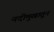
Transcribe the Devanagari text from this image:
नदीमुखातून